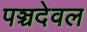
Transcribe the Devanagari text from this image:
पञ्चदेवल